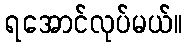
ရအောင်လုပ်မယ်။